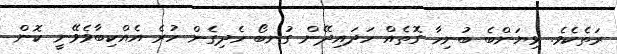
ރަތެކެވެ. ޅިޔަންބެ ބުނިހާ ގޮތެއް ހަދައިދޭން ގުނބޯ ހެދިގެން ހުރެ އެއްކިބާވެވޭނީ ކޮން